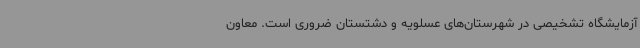
آزمایشگاه تشخیصی در شهرستان‌های عسلویه و دشتستان ضروری است. معاون